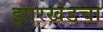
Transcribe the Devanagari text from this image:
झारखंडचा